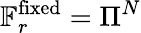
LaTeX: \mathbb{F}_{r}^{\mathrm{fixed}}=\Pi^{N}